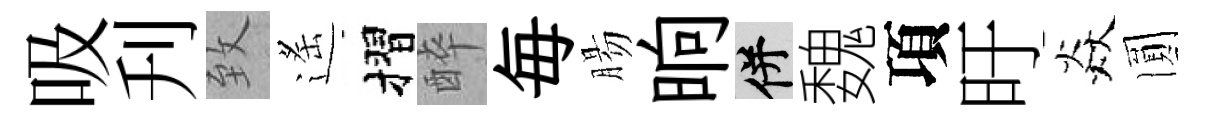
吸刋致遙摺醉毎腸晌并魏項旴焱圎